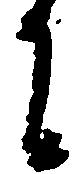
に